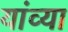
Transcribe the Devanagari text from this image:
यांव्या